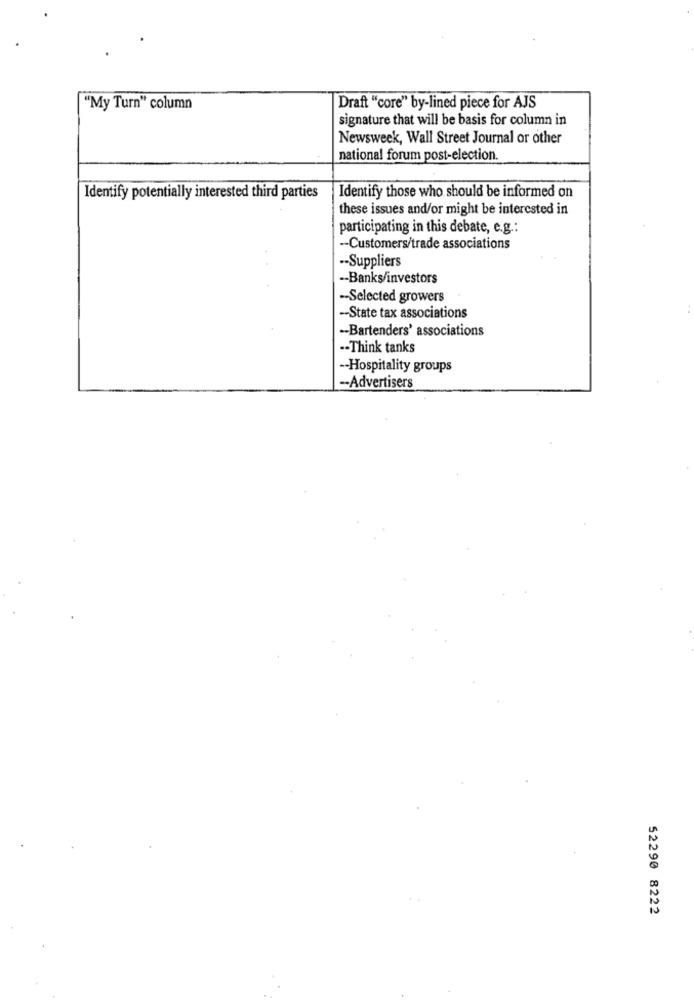
"My Turn" column
Draft "core" by-lined piece for AJS
signature that will be basis for column in
Newsweek, Wall Street Journal or other
national forum post-election.
Identify potentially interested third parties
Identify those who should be informed on
these issues and/or might be interested in
participating in this debate, e.g .:
-- Customers/trade associations
.- Suppliers
-- Banks/investors
-- Selected growers
-- State tax associations
-- Bartenders' associations
-- Think tanks
-- Hospitality groups
-- Advertisers
52290 8222